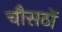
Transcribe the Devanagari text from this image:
चौसठों